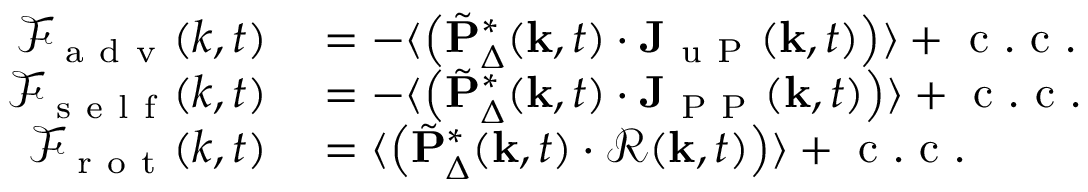
\begin{array} { r l } { \mathcal { F } _ { \mathrm { ~ a ~ d ~ v ~ } } ( k , t ) } & { { } = - \langle \left( \tilde { \mathbf { P } } _ { \Delta } ^ { \ast } ( \mathbf { k } , t ) \cdot \mathbf { J } _ { \mathrm { ~ u ~ P ~ } } ( \mathbf { k } , t ) \right) \rangle + \mathrm { ~ c ~ . ~ c ~ . ~ } } \\ { \mathcal { F } _ { \mathrm { ~ s ~ e ~ l ~ f ~ } } ( k , t ) } & { { } = - \langle \left( \tilde { \mathbf { P } } _ { \Delta } ^ { \ast } ( \mathbf { k } , t ) \cdot \mathbf { J } _ { \mathrm { ~ P ~ P ~ } } ( \mathbf { k } , t ) \right) \rangle + \mathrm { ~ c ~ . ~ c ~ . ~ } } \\ { \mathcal { F } _ { \mathrm { ~ r ~ o ~ t ~ } } ( k , t ) } & { { } = \langle \left( \tilde { \mathbf { P } } _ { \Delta } ^ { \ast } ( \mathbf { k } , t ) \cdot \mathbf { \mathcal { R } } ( \mathbf { k } , t ) \right) \rangle + \mathrm { ~ c ~ . ~ c ~ . ~ } } \end{array}